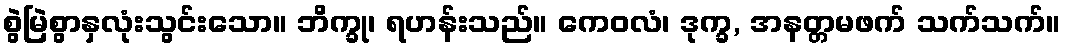
စွဲမြဲစွာနှလုံးသွင်းသော။ ဘိက္ခု၊ ရဟန်းသည်။ ကေဝလံ၊ ဒုက္ခ, အနတ္တမဖက် သက်သက်။